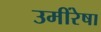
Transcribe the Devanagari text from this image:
उमींरेषा